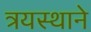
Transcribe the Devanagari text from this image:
त्रयस्थाने